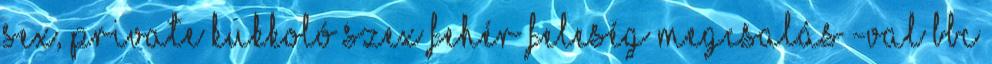
sex, private kukkoló szex Fehér Feleség Megcsalás -val Bbc